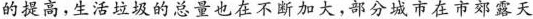
的提高，生活垃圾的总量也在不断加大，部分城市在市郊露天